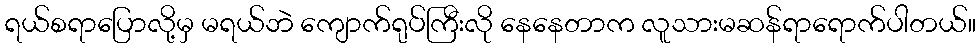
ရယ်စရာပြောလို့မှ မရယ်ဘဲ ကျောက်ရုပ်ကြီးလို နေနေတာက လူသားမဆန်ရာရောက်ပါတယ်။